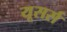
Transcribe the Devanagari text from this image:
यूसर्स